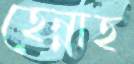
হেন্নাহ